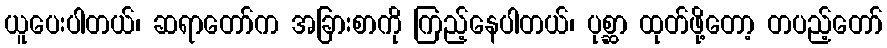
ယူပေးပါတယ်၊ ဆရာတော်က အခြားစာကို ကြည့်နေပါတယ်၊ ပုစ္ဆာ ထုတ်ဖို့တော့ တပည့်တော်